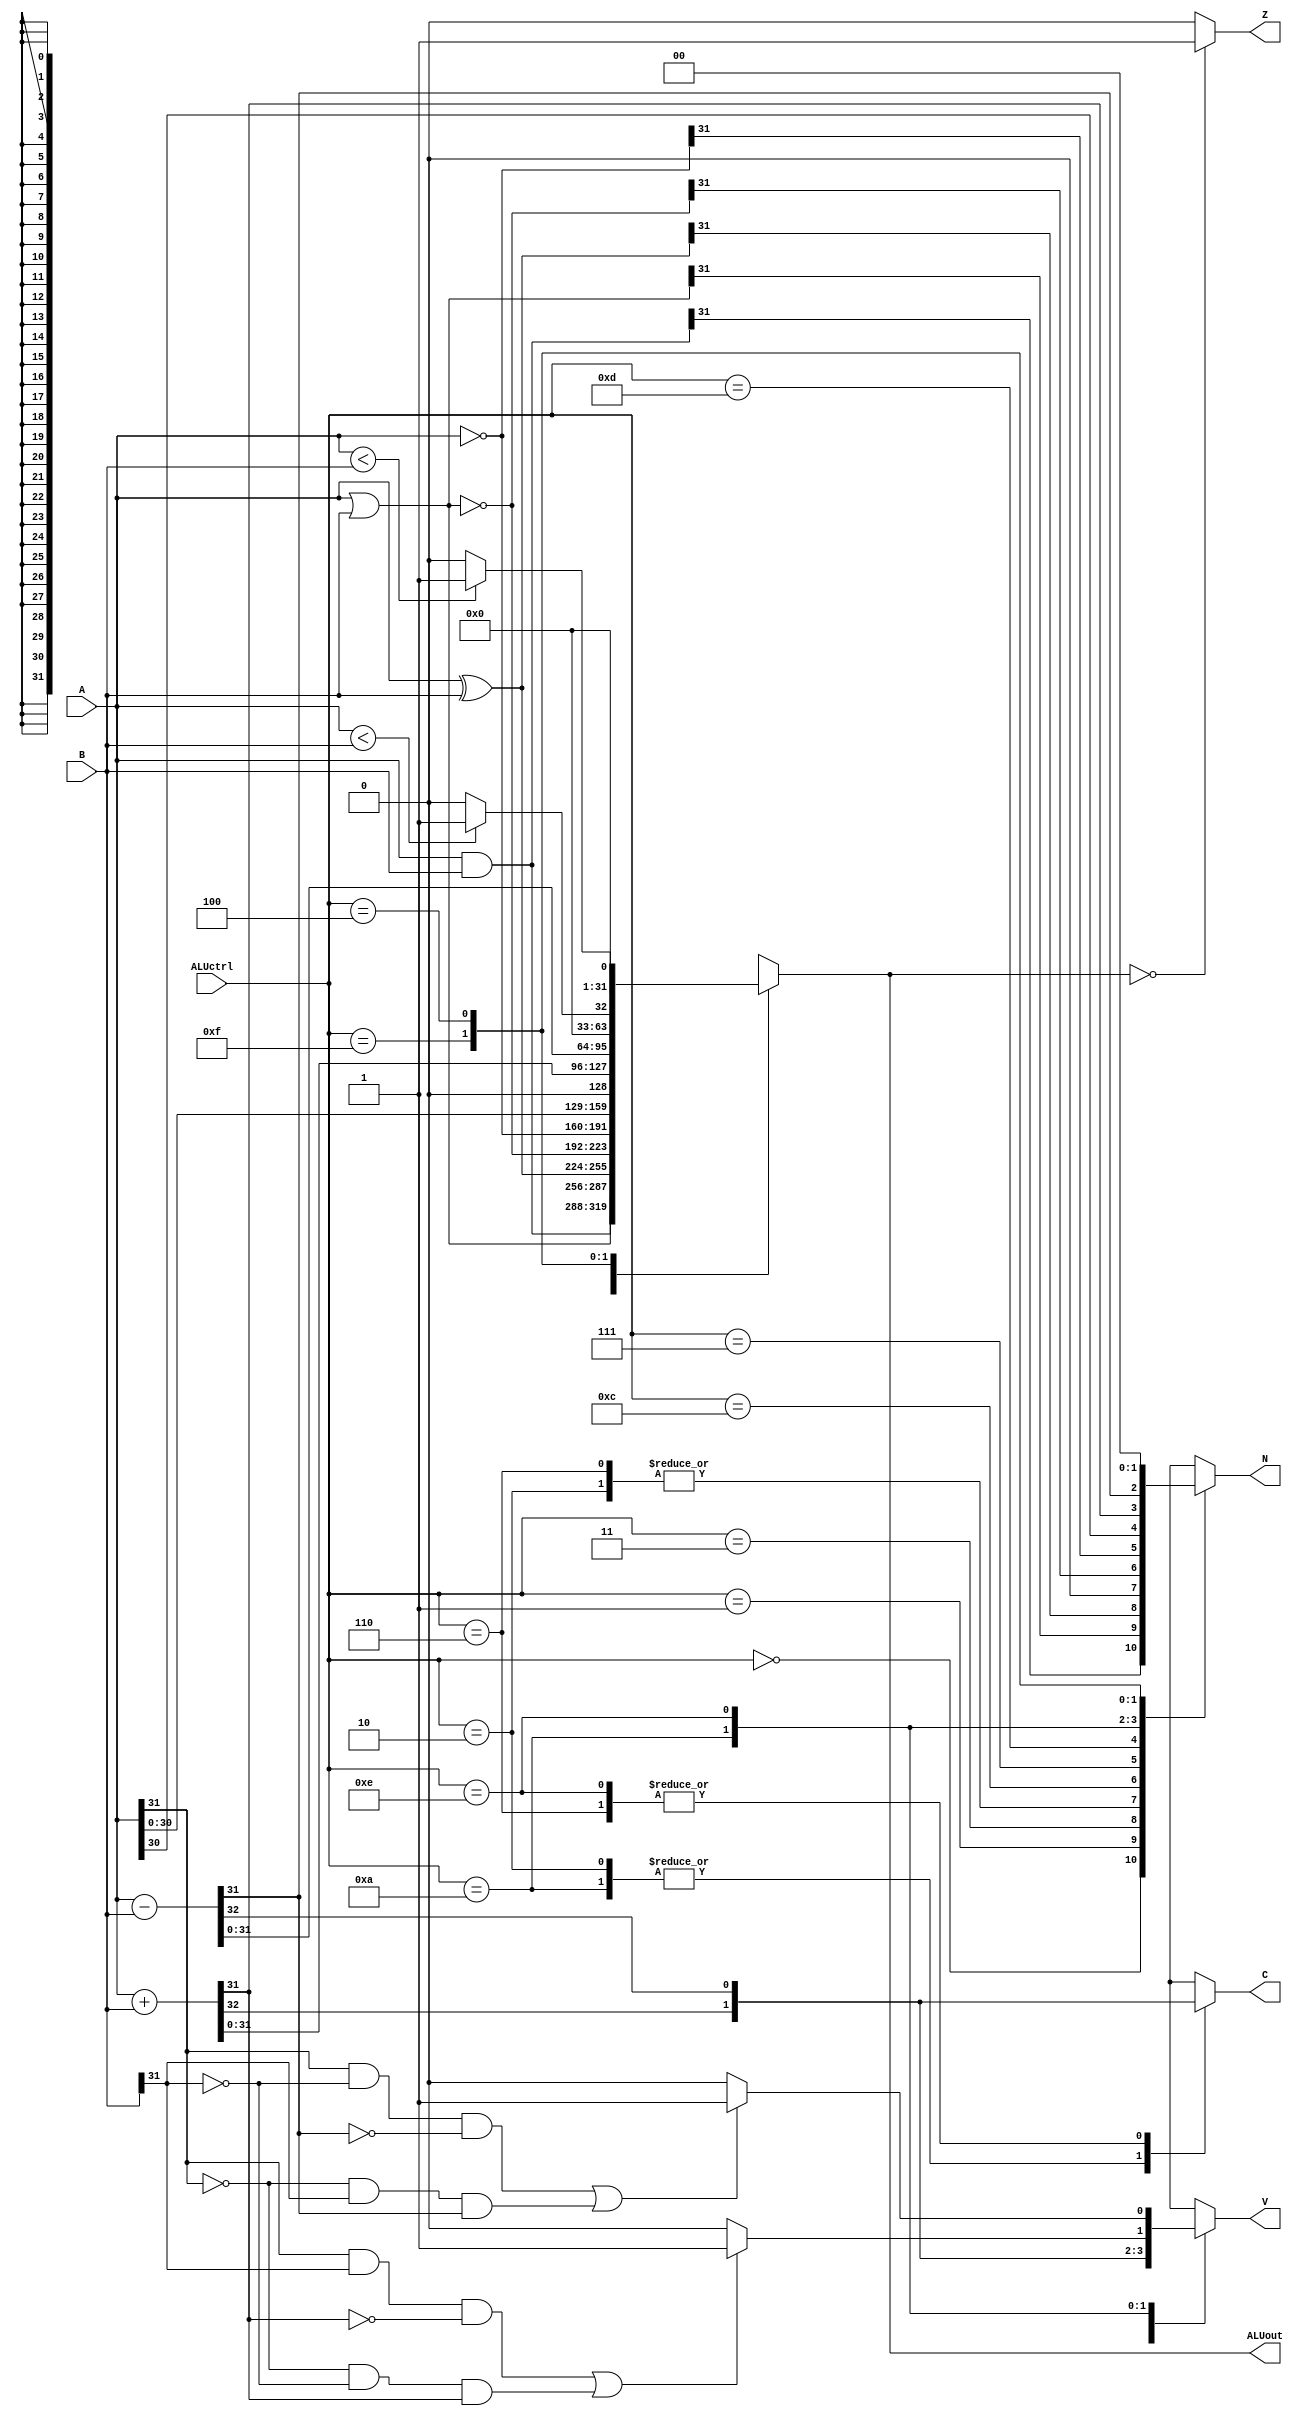
`timescale 1ns / 1ps
//////////////////////////////////////////////////////////////////////////////////
// Company: 
// Engineer: 
// 
// Design Name: 
// Module Name: ALU
// Project Name: 
// Target Devices: 
// Tool Versions: 
// Description: 
// 
// Dependencies: 
// 
// Revision:
// Revision 0.01 - File Created
// Additional Comments:
// 
//////////////////////////////////////////////////////////////////////////////////


module ALU(
    input [31:0] A,
    input [31:0] B,
    input [3:0] ALUctrl,
    output reg [31:0] ALUout,
    output reg N,
    output reg C,
    output Z,
    output reg V
    );
    
    assign Z = (ALUout == 0) ? 1'b1 : 1'b0;
    reg signed [31:0] A_s, B_s;
    always@(*) begin
        A_s = A; B_s = B;
        case(ALUctrl)
            4'b0000: begin  //AND
                        ALUout = A & B;
                        C = 1'bx;
                        V = 1'bx;
                        N = ALUout[31];
                    end
            4'b0001: begin  //OR
                         ALUout = A | B;
                         C = 1'bx;
                         V = 1'bx;
                         N = ALUout[31];
                    end
            4'b0011: begin  //XOR
                         ALUout = A ^ B;
                         C = 1'bx;
                         V = 1'bx;
                         N = ALUout[31];
                    end
            4'b0010: begin  //Add Unsigned
                         {C, ALUout} = A + B;
                         V = C;
                         N = 0;
                    end
            4'b0110: begin  //Subtract unsigned
                         {C, ALUout} = A - B;
                         V = C;
                         N = 0;
                   end
            4'b1100: begin  //NOR
                        ALUout = ~(A | B);
                        C = 1'bx;
                        V = 1'bx;
                        N = ALUout[31];
                   end
            4'b0111: begin  //NOT
                        ALUout = ~A;
                        C = 1'bx;
                        V = 1'bx;
                        N = ALUout[31];
                   end
            4'b1101: begin  //SLL
                        ALUout = A << 1;
                        C = 1'bx;
                        V = 1'bx;
                        N = ALUout[31];
                   end 
            4'b1010: begin  //add signed
                        {C, ALUout} = A + B;
                        if ((A[31] & B[31] & ~ALUout[31]) || (~A[31] & ~B[31] & ALUout[31]))
                            V = 1'b1;
                        else
                            V = 1'b0;
                        N = ALUout[31];
                   end
            4'b1110: begin  //subtract signed
                        {C, ALUout} = A - B;
                        if ((A[31] & ~B[31] & ~ALUout[31]) || (~A[31] & B[31] & ALUout[31]))
                            V = 1'b1;
                        else
                            V = 1'b0;
                        N = ALUout[31];
                   end
             4'b0111: begin  //SLL
                        ALUout = A << 1;
                        C = 1'bx;
                        V = 1'bx;
                        N = ALUout[31];
                   end
            4'b1111: begin  //SLT signed
                        if ( A_s < B_s )
                             ALUout = 32'b1;
                        else
                             ALUout = 32'b0;
                        C = 1'bx;
                        V = 1'bx;
                        N = ALUout[31];
                   end 
            4'b0100: begin  //SLT unsigned
                        if ( A < B )
                            ALUout = 32'b1;
                        else
                            ALUout = 32'b0;
                        C = 1'bx;
                        V = 1'bx;
                        N = ALUout[31];
                   end
            default: begin
                        ALUout = 32'bx;
                        {C, V, N} = 3'bxxx;
                     end
        endcase
    end
endmodule